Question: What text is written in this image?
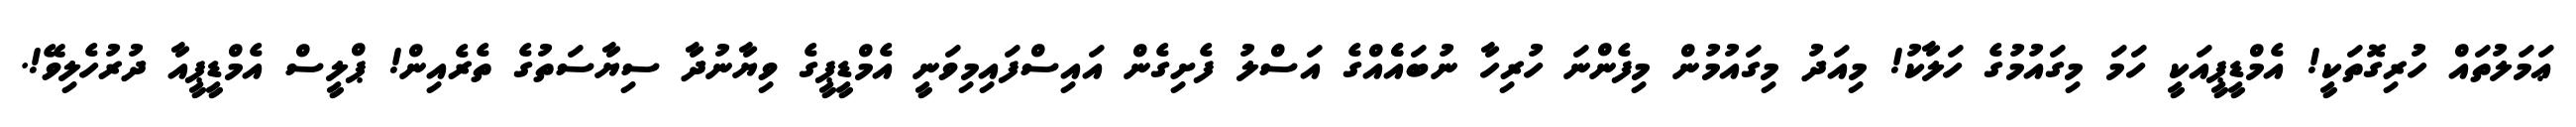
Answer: ޢަމަލުތައް ހުރިގޮތަކީ! އެމްޑީޕީއަކީ ހަމަ މިގައުމުގެ ހަލާކު! މިއަދު މިގައުމުން މިފެންނަ ހުރިހާ ނުބައެެއްގެ އަސްލު ފެށިގެން އައިސްފައިމިވަނީ އެމްޑީޕީގެ ވިޔާނުދާ ސިޔާސަތުގެ ތެރެއިން! ޕްލީސް އެމްޑީޕީއާ ދުރުހެލިވޭ!.